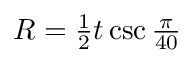
\begin{array} { r } { R = { \frac { 1 } { 2 } } t \csc { \frac { \pi } { 4 0 } } } \end{array}